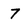
Character: 7